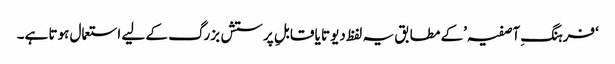
‘فرہنگِ آصفیہ’کے مطابق یہ لفظ دیوتا یا قابلِ پرستش بزرگ کے لیے استعمال ہوتا ہے۔